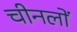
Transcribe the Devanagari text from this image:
चीनलों